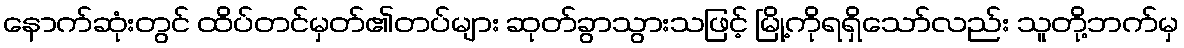
နောက်ဆုံးတွင် ထိပ်တင်မှတ်၏တပ်များ ဆုတ်ခွာသွားသဖြင့် မြို့ကိုရရှိသော်လည်း သူတို့ဘက်မှ